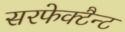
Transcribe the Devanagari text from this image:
सरफेक्टैन्ट